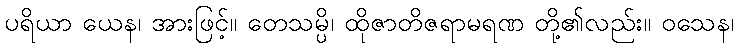
ပရိယာ ယေန၊ အားဖြင့်။ တေသမ္ပိ၊ ထိုဇာတိဇရာမရဏ တို့၏လည်း။ ဝသေန၊